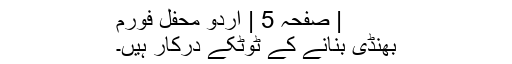
| صفحہ 5 | اردو محفل فورم
بھنڈی بنانے کے ٹوٹکے درکار ہیں۔